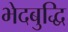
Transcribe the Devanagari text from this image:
भेदबुद्धि